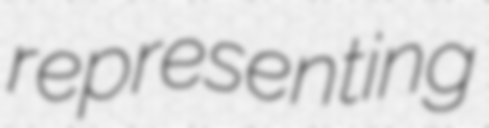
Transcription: representing